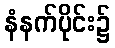
နံနက်ပိုင်း၌